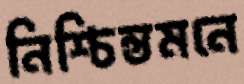
নিশ্চিন্তমনে